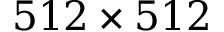
5 1 2 \times 5 1 2